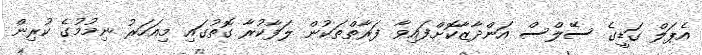
އެޕަލް ގަޑީގެ ސޭލްސް އަންދާޒާކޮށްފައިވާ ފަރާތްތަކުން ލަފާކުރާ ގޮތުގައި މިއަހަރު ނިމުމުގެ ކުރިން